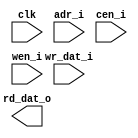
module db_cbf_ram_sp_64x16 (
    clk         ,
    adr_i       ,
    cen_i       , // low active 
    wen_i       , // low active 
    wr_dat_i    ,
    rd_dat_o 
    );

//--- input/output declaration --------------------------
    input                   clk         ;
    input   [6      -1 :0]  adr_i       ;
    input                   cen_i       ;
    input                   wen_i       ;
    input   [16     -1 :0]  wr_dat_i    ;
    output  [16     -1 :0]  rd_dat_o    ;


`ifdef RTL_MODEL
  ram_1p #(
      .Word_Width(  16   ),
      .Addr_Width(  6    )
      ) u_ram_1p(
                  .clk    ( clk               ),
                  .cen_i  ( cen_i             ),
                  .oen_i  ( 1'b0              ),
                  .wen_i  ( wen_i             ),
                  .addr_i ( adr_i             ),
                  .data_i ( wr_dat_i          ),      
                  .data_o ( rd_dat_o          )           
  );

`endif

`ifdef XM_MODEL 
    rfsphd_64x16 u_rfsphd_64x16(
        .Q          (rd_dat_o   ), // data_o
        .CLK        (clk        ), 
        .CEN        (cen_i      ), 
        .WEN        (wen_i      ), 
        .A          (adr_i      ), // addr
        .D          (wr_dat_i   ), // data_i
        .EMA        ( 3'b1 ), 
        .EMAW       ( 2'b0 ),
        .RET1N      ( 1'b1 )
        );   
`endif 
endmodule